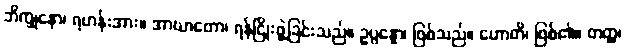
ဘိက္ခုနော၊ ရဟန်းအား။ အာဃာတော၊ ရန်ငြိုးဖွဲ့ခြင်းသည်။ ဥပ္ပန္နော၊ ဖြစ်သည်။ ဟောတိ၊ ဖြစ်၏။ တတ္ထ၊